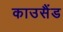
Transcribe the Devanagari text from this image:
काउसैंड